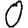
Digit: 0